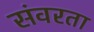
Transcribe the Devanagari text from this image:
संवरता